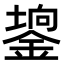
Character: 𨪄